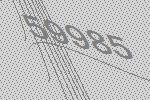
59985